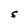
Character: S